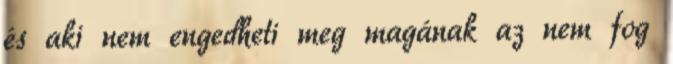
és aki nem engedheti meg magának az nem fog